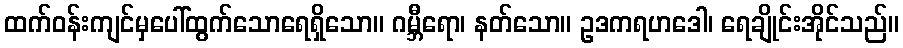
ထက်ဝန်းကျင်မှပေါ်ထွက်သောရေရှိသော။ ဂမ္ဘီရော၊ နတ်သော။ ဥဒကရဟဒေါ၊ ရေချိုင်းအိုင်သည်။